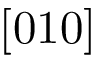
[ 0 1 0 ]